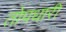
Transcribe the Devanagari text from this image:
तोपधारी